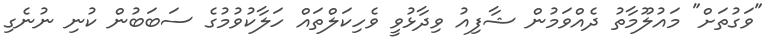
"ވަގުތަށް" މައުލޫމާތު ދެއްވަމުން ޝާފިއު ވިދާޅުވީ ވެހިކަލްތައް ހަލާކުވުމުގެ ސަބަބުން ކުނި ނުނެގި